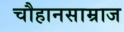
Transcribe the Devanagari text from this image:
चौहानसाम्राज